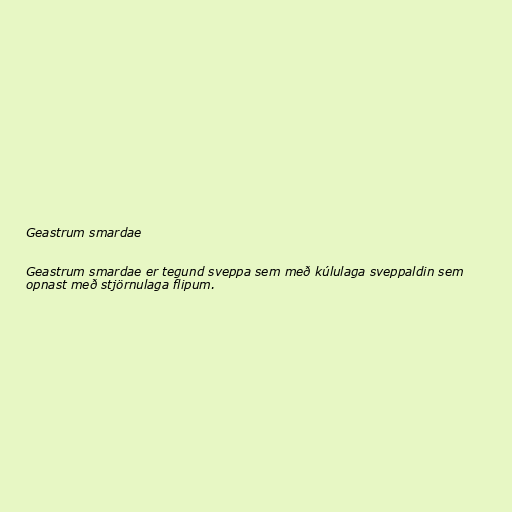
Geastrum smardae

Geastrum smardae er tegund sveppa sem með kúlulaga sveppaldin sem
opnast með stjörnulaga flipum.